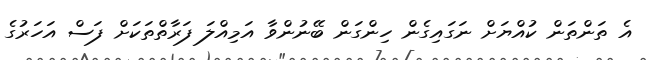
އެ ތަންތަން ކުއްޔަށް ނަގައިގެން ހިންގަން ބޭނުންވާ އަމިއްލަ ފަރާތްތަކަށް ފަސް އަހަރުގެ